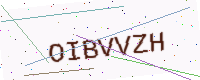
Text: OIBVVZH